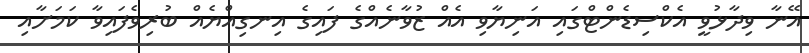
އޭނާ ވިދާޅުވީ އެކްސިޑެންޓްގައި އަނިޔާވި އެއް ޒުވާނެއްގެ ފައިގެ އިނގިއްޔެއް ބުރިވެފައިވާ ކަމަށާއި